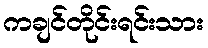
ကချင်တိုင်းရင်းသား